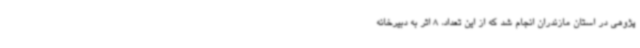
پژوهی در استان مازندران انجام شد که از این تعداد، 8 اثر به دبیرخانه